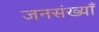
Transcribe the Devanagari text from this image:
जनसंख्याँ